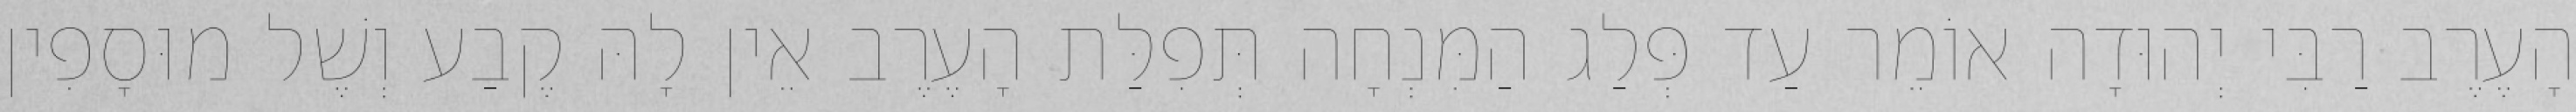
הָעֶרֶב רַבִּי יְהוּדָה אוֹמֵר עַד פְּלַג הַמִּנְחָה תְּפִלַּת הָעֶרֶב אֵין לָהּ קֶבַע וְשֶׁל מוּסָפִין